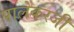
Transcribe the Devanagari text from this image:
पालेकरजी